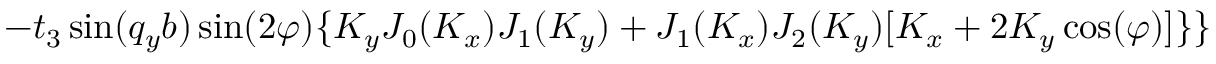
- t _ { 3 } \sin ( q _ { y } b ) \sin ( 2 \varphi ) \{ K _ { y } J _ { 0 } ( K _ { x } ) J _ { 1 } ( K _ { y } ) + J _ { 1 } ( K _ { x } ) J _ { 2 } ( K _ { y } ) [ K _ { x } + 2 K _ { y } \cos ( \varphi ) ] \} \}